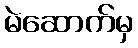
မဲဆောက်မှ